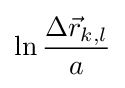
\ln {\frac {\Delta {\vec {r}}_{k,l}}{a}}